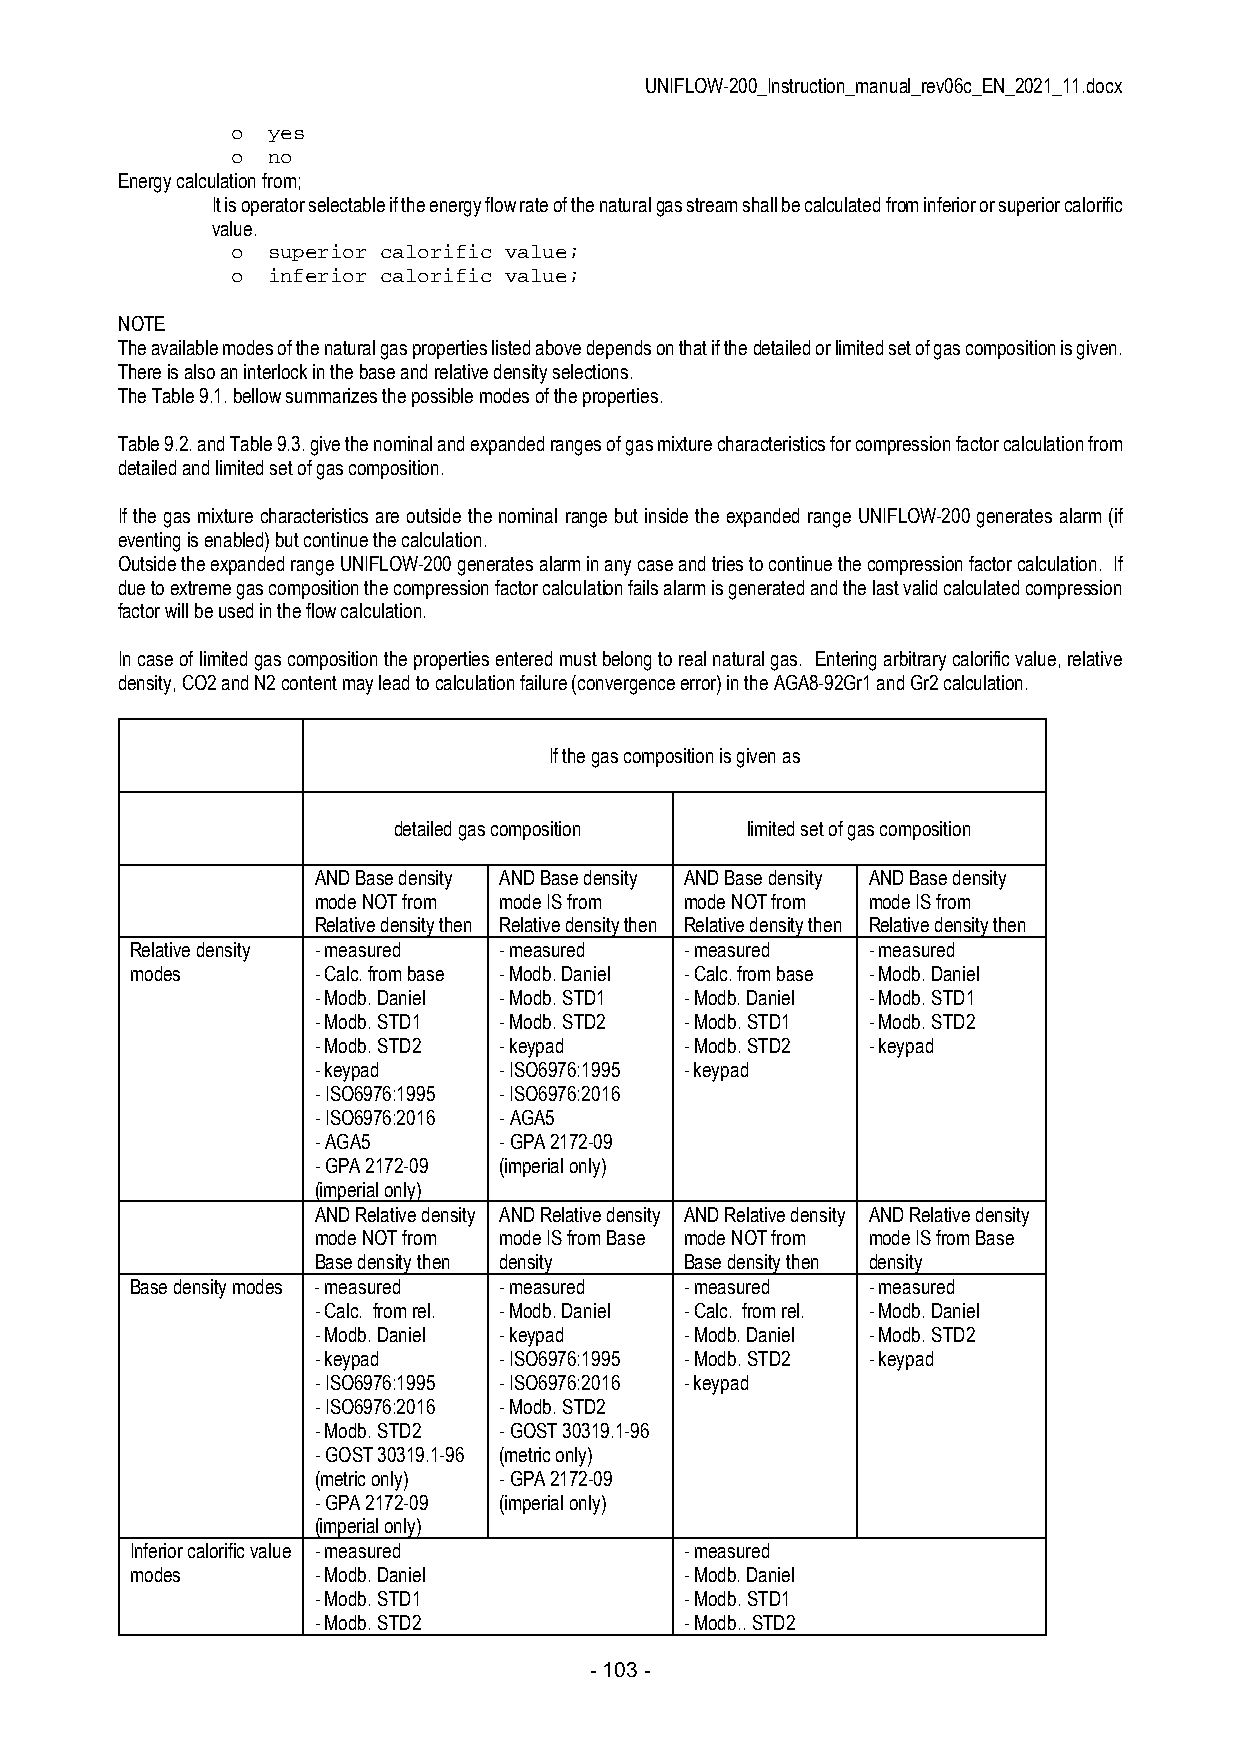
UNIFLOW-200_Instruction_manual_rev06c_EN_2021_11.docx
 o  yes
 o  no
 Energy calculation from;
 It is operator selectable if the energy flow rate of the natural gas stream shall be calculated from inferior or superior calorific
 value.
 o  superior calorific value;
 o  inferior calorific value;
 NOTE
 The available modes of the natural gas properties listed above depends on that if the detailed or limited set of gas composition is given.
 There is also an interlock in the base and relative density selections.
 The Table 9.1. bellow summarizes the possible modes of the properties.
 Table 9.2. and Table 9.3. give the nominal and expanded ranges of gas mixture characteristics for compression factor calculation from
 detailed and limited set of gas composition.
 If the gas mixture characteristics are outside the nominal range but inside the expanded range UNIFLOW-200 generates alarm (if
 eventing is enabled) but continue the calculation.
 Outside the expanded range UNIFLOW-200 generates alarm in any case and tries to continue the compression factor calculation. If
 due to extreme gas composition the compression factor calculation fails alarm is generated and the last valid calculated compression
 factor will be used in the flow calculation.
 In case of limited gas composition the properties entered must belong to real natural gas. Entering arbitrary calorific value, relative
 density, CO2 and N2 content may lead to calculation failure (convergence error) in the AGA8-92Gr1 and Gr2 calculation.
 If the gas composition is given as
 detailed gas composition limited set of gas composition
 AND Base density AND Base density AND Base density AND Base density
 mode NOT from mode IS from mode NOT from mode IS from
 Relative density then Relative density then Relative density then Relative density then
 Relative density - measured - measured - measured - measured
 modes       - Calc. from base - Modb. Daniel - Calc. from base - Modb. Daniel
 - Modb. Daniel - Modb. STD1 - Modb. Daniel - Modb. STD1
 - Modb. STD1 - Modb. STD2 - Modb. STD1 - Modb. STD2
 - Modb. STD2 - keypad   - Modb. STD2 - keypad
 - keypad    - ISO6976:1995 - keypad
 - ISO6976:1995 - ISO6976:2016
 - ISO6976:2016 - AGA5
 - AGA5      - GPA 2172-09
 - GPA 2172-09 (imperial only)
 (imperial only)
 AND Relative density AND Relative density AND Relative density AND Relative density
 mode NOT from mode IS from Base mode NOT from mode IS from Base
 Base density then density Base density then density
 Base density modes - measured - measured - measured - measured
 - Calc. from rel. - Modb. Daniel - Calc. from rel. - Modb. Daniel
 - Modb. Daniel - keypad - Modb. Daniel - Modb. STD2
 - keypad    - ISO6976:1995 - Modb. STD2 - keypad
 - ISO6976:1995 - ISO6976:2016 - keypad
 - ISO6976:2016 - Modb. STD2
 - Modb. STD2 - GOST 30319.1-96
 - GOST 30319.1-96 (metric only)
 (metric only) - GPA 2172-09
 - GPA 2172-09 (imperial only)
 (imperial only)
 Inferior calorific value - measured - measured
 modes       - Modb. Daniel          - Modb. Daniel
 - Modb. STD1            - Modb. STD1
 - Modb. STD2            - Modb.. STD2
 - 103 -